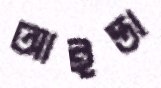
আইন্তা